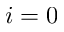
i = 0